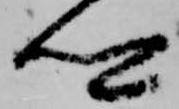
卿